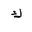
Letter: _kaf